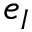
e _ { I }